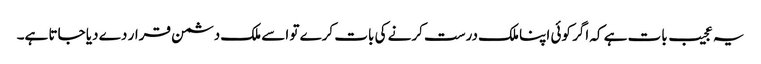
یہ عجیب بات ہے کہ اگر کوئی اپنا ملک درست کرنے کی بات کرے تو اسے ملک دشمن قرار دے دیا جاتا ہے۔